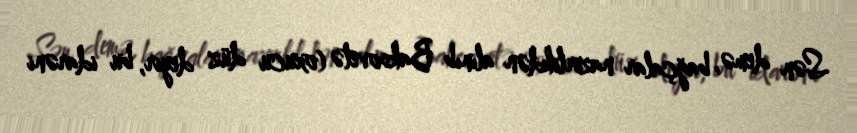
Sən demə, bağçalar nazirlikdən alınıb Baksovetə (oxucu düz deyir, bu idarəni